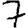
Digit: 7